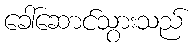
ခေါ်ဆောင်သွားသည်